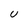
Character: U